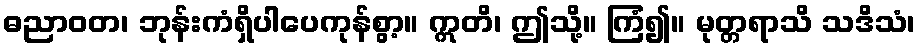
ဓညာဝတ၊ ဘုန်းကံရှိပါပေကုန်စွာ့။ ဣတိ၊ ဤသို့။ ကြံ၍။ မုတ္တရာသိ သဒိသံ၊